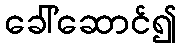
ခေါ်ဆောင်၍